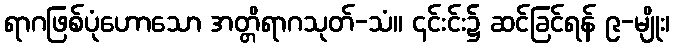
ရာဂဖြစ်ပုံဟောသော အတ္တိရာဂသုတ်-သံ။ ၎င်းင်း၌ ဆင်ခြင်ရန် ၉-မျိုး၊